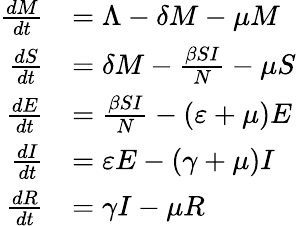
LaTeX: {\begin{array}{rl}{{\frac{dM}{dt}}}&{=\Lambda-\delta M-\mu M}\\ {{\frac{dS}{dt}}}&{=\delta M-{\frac{\beta SI}{N}}-\mu S}\\ {{\frac{dE}{dt}}}&{={\frac{\beta SI}{N}}-(\varepsilon+\mu)E}\\ {{\frac{dI}{dt}}}&{=\varepsilon E-(\gamma+\mu)I}\\ {{\frac{dR}{dt}}}&{=\gamma I-\mu R}\end{array}}